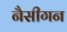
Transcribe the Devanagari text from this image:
नैसीगन